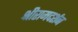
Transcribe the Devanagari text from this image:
श्रीरामदर्शन